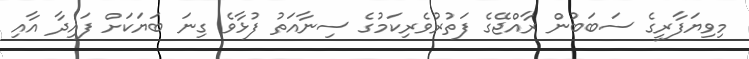
މިވިޔަފާރީގެ ސަބަބުން ރާއްޖޭގެ ފަތުރުވެރިކަމުގެ ސިނާއަތު ފުޅާވެ ގިނަ ބަޔަކަށް ފައިދާ އާއި